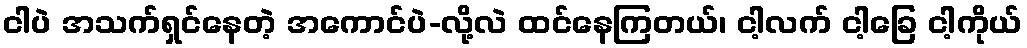
ငါပဲ အသက်ရှင်နေတဲ့ အကောင်ပဲ-လို့လဲ ထင်နေကြတယ်၊ ငါ့လက် ငါ့ခြေ ငါ့ကိုယ်